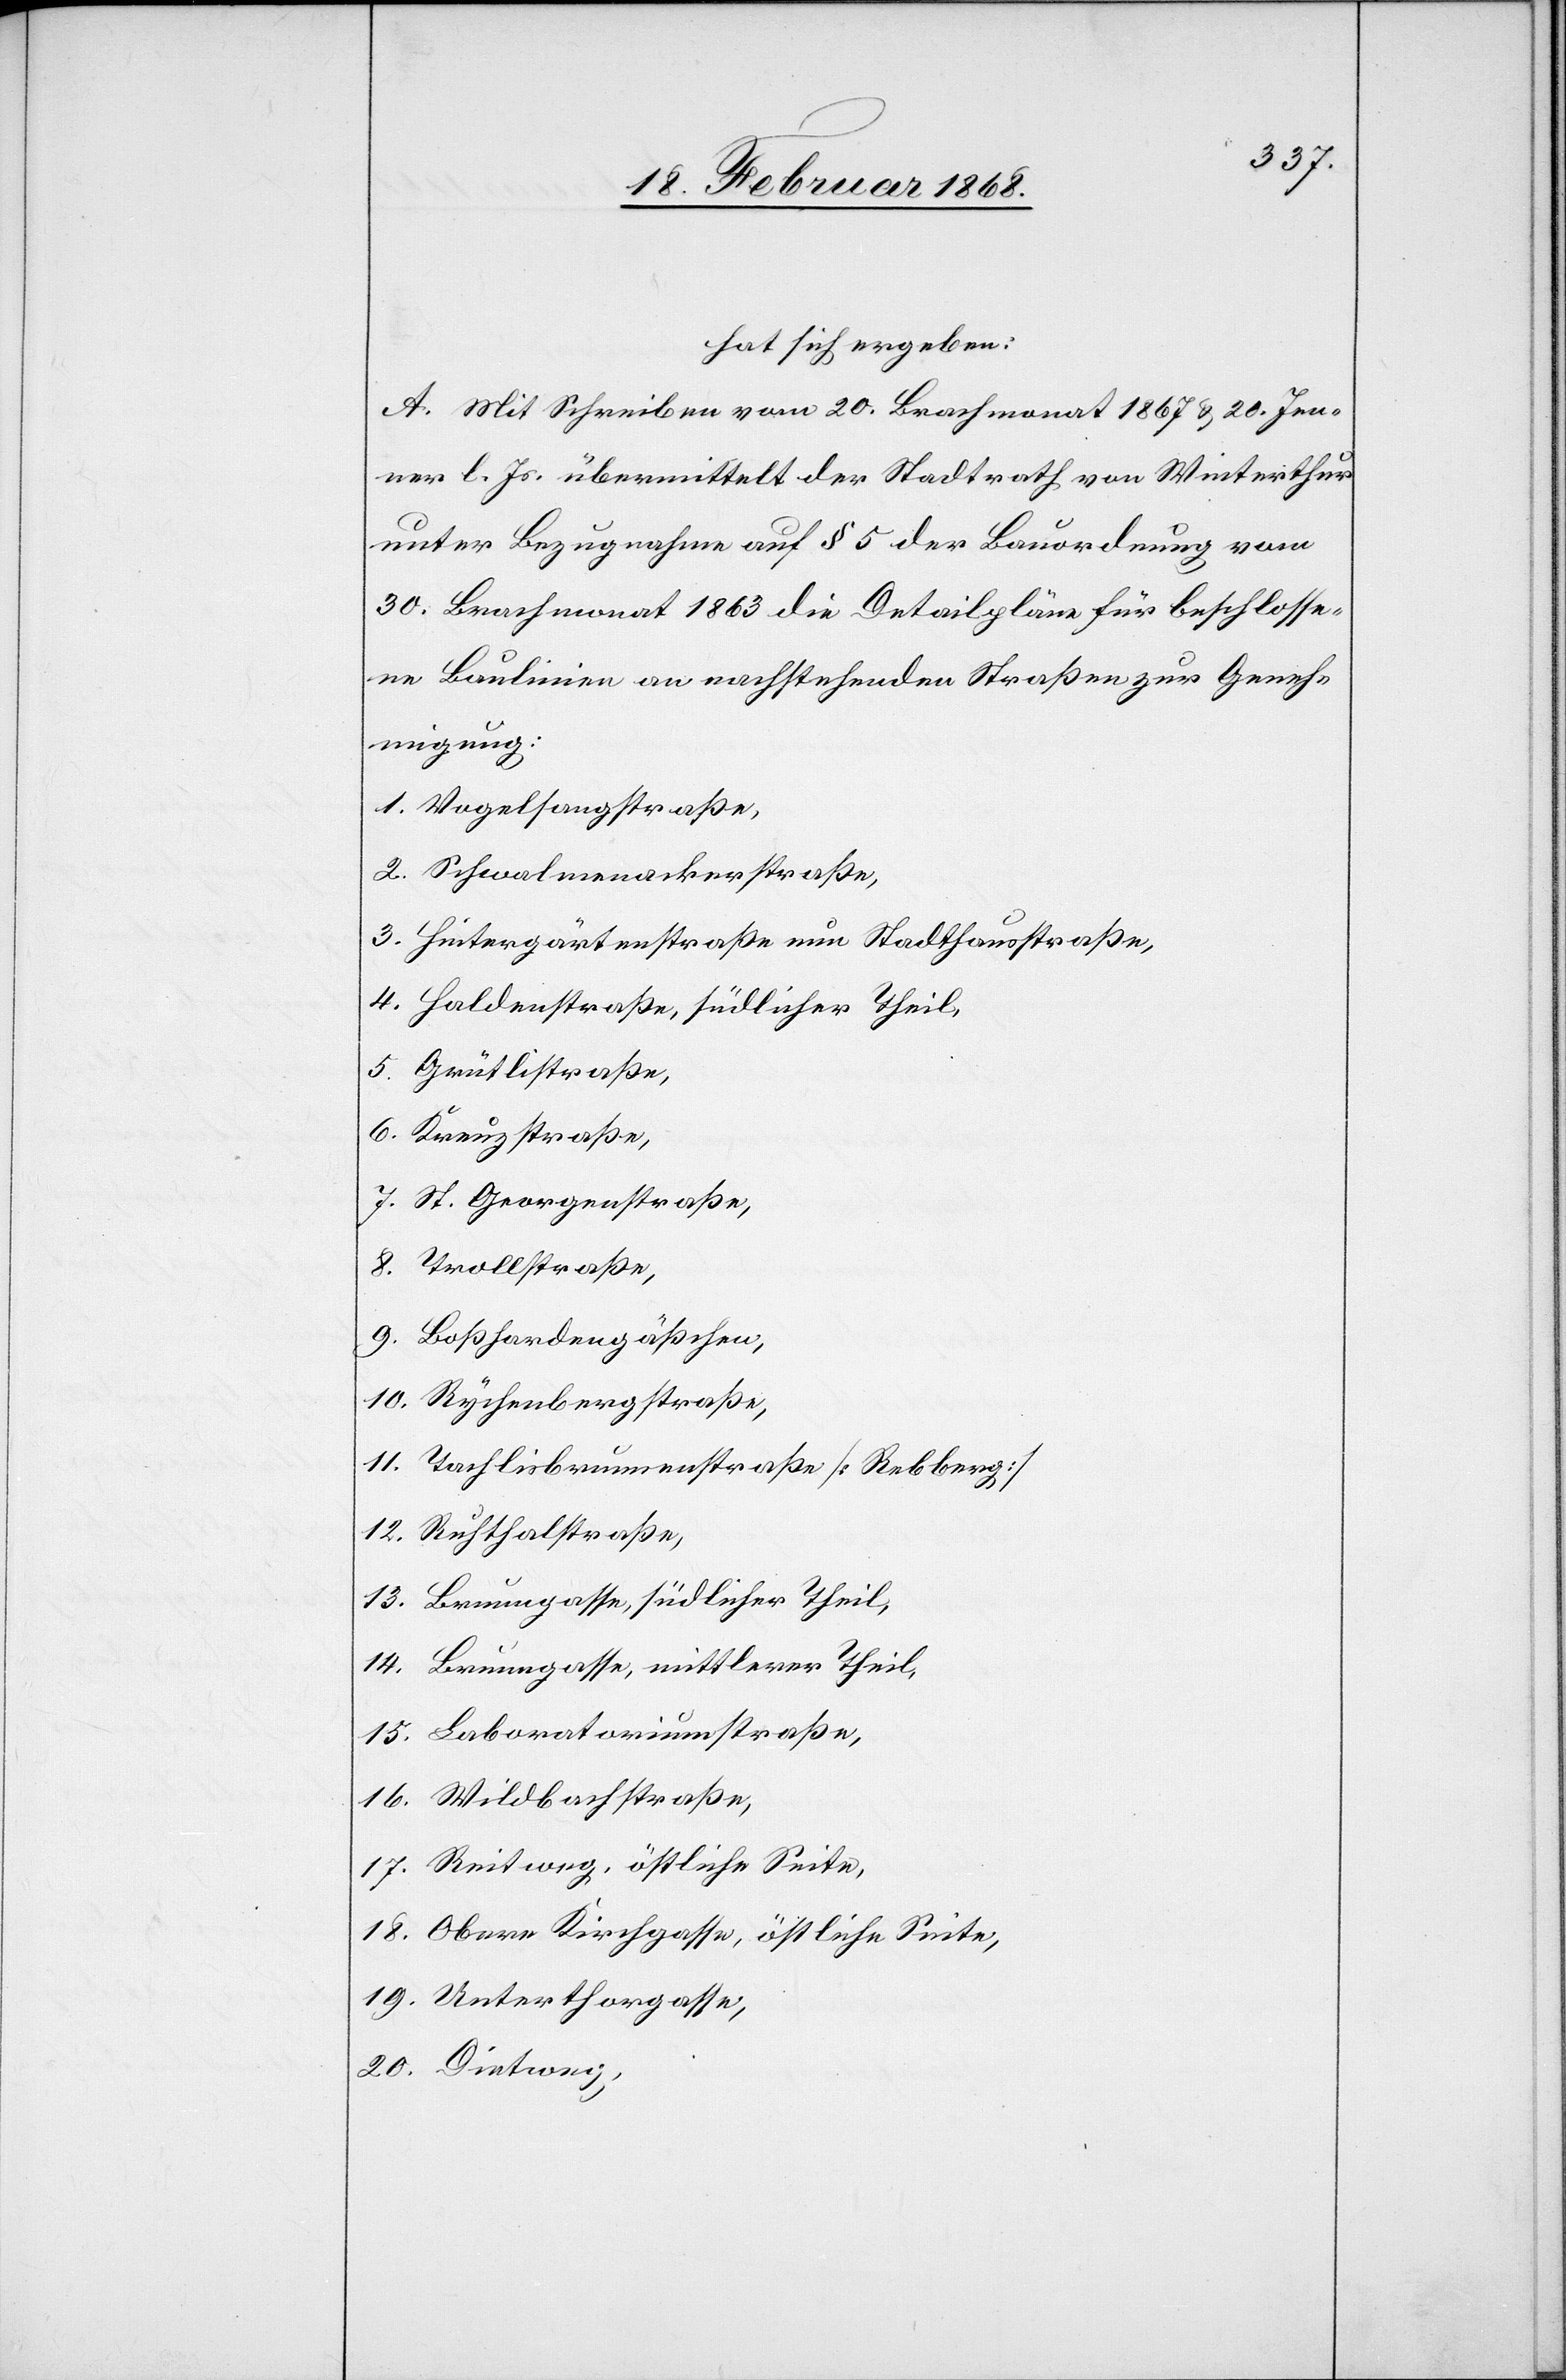
hat sich ergeben:
A. Mit Schreiben vom 20. Brachmonat 1867 & 20. Jen¬
ner l. Js. übermittelt der Stadtrath von Winterthur
unter Bezugnahme auf § 5 der Bauordnung vom
30. Brachmonat 1863 die Detailpläne für beschlosse¬
ne Baulinien an nachstehenden Straßen zur Geneh¬
migung:
Vogelsangstraße,
Schwalmenackerstraße,
Hintergärtenstraße nun Stadthausstraße,
Haldenstraße, südlicher Theil,
Grütlistraße,
Kreuzstraße,
St. Georgenstraße,
Boßhardengäßchen,
Rychenbergstraße,
Tachlisbrunnenstraße [Rebberg]
Brunngasse, südlicher Theil,
Brunngasse, mittlerer Theil,
Laboratoriumstraße,
Reitweg, östliche Seite,
Obere Kirchgasse, östliche Seite,
Unterthorgasse,